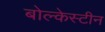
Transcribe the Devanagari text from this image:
बोल्केस्टीन